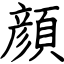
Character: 顔